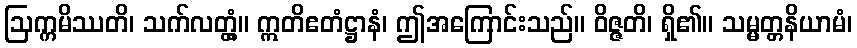
ဩက္ကမိဿတိ၊ သက်လတ္တံ့။ ဣတိဧတံဋ္ဌာနံ၊ ဤအကြောင်းသည်။ ဝိဇ္ဇတိ၊ ရှိ၏။ သမ္မတ္တနိယာမံ၊